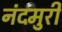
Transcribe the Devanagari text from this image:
नंदमुरी